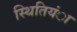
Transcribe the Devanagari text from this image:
स्थितियंा